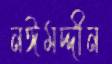
নঈমদ্দীন